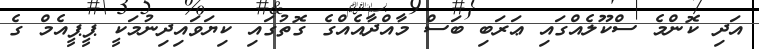
އަދި ކޮންމެ ސްކޫލެއްގައި ޢަރަބި ބަސް މާއްދާއެއްގެ ގޮތުގައި ކިޔަވައިދިނުމަކީ ޕީޕީއެމް ގެ